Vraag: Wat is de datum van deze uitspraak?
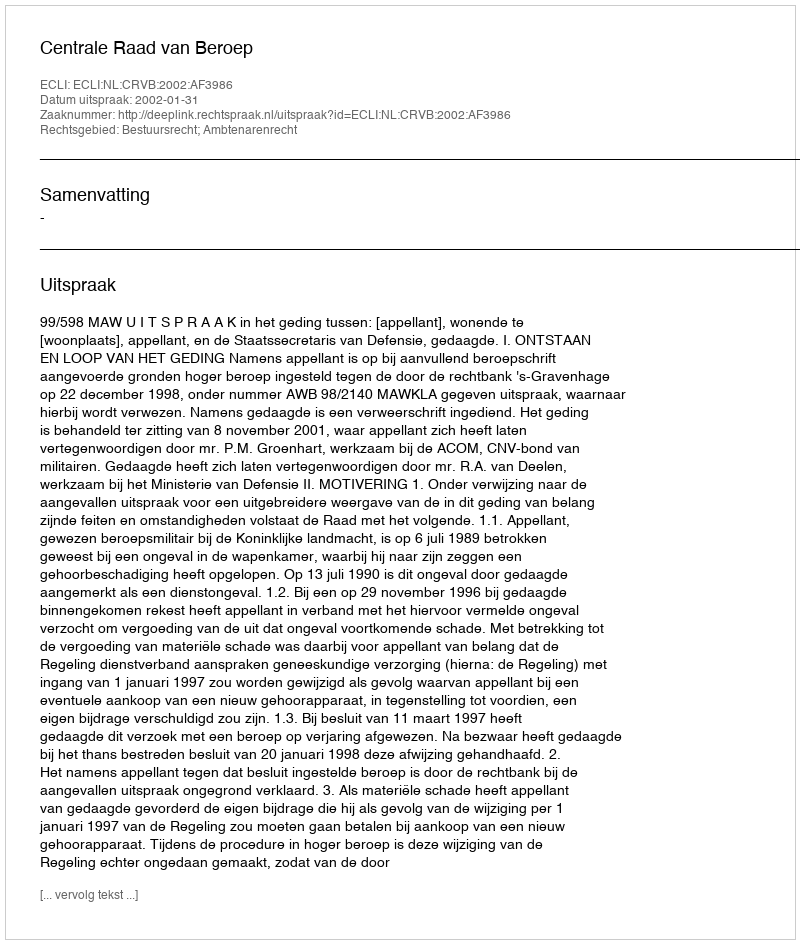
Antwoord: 2002-01-31